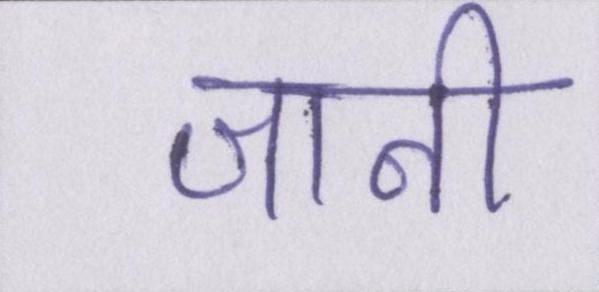
जानी